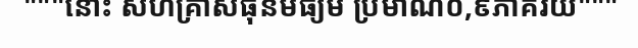
"""នោះ សហគ្រាសធុនមធ្យម ប្រមាណ០,៩ភាគរយ"""